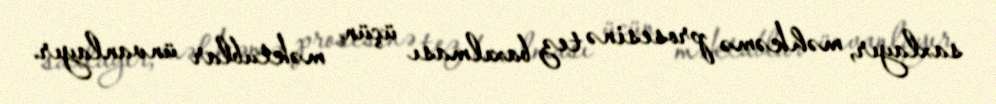
saxlayır, məhkəmə prosesinə tez baxılması üçün məktublar ünvanlayır.